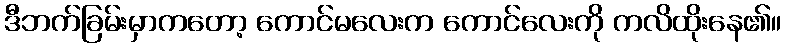
ဒီဘက်ခြမ်းမှာကတော့ ကောင်မလေးက ကောင်လေးကို ကလိထိုးနေ၏။